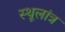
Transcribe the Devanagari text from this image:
स्‍थूलांत्र